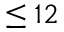
\leq 1 2